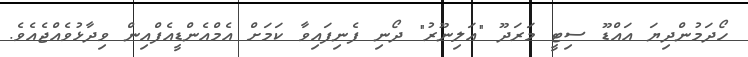
ހޯދަމުންދިޔަ އައްޑޫ ސިޓީ މަރަދޫ "އަލިނޫރު" ދޯނި ފެނިފައިވާ ކަމަށް އެމްއެންޑީއެފްއިން ވިދާޅުވެއްޖެއެވެ.